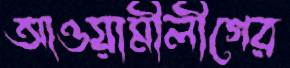
আওয়ামীলীগের